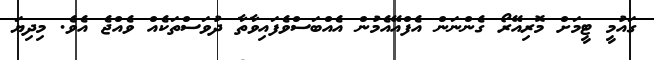
ގައުމީ ޓީމަށް މޮރިިއޭރޯ ގެންނަން އެފްއޭއެމުން އެއްބަސްވެފައިވާތާ ދުވަސްތަކެއް ވެއްޖެ އެވެ. މިދިޔަ